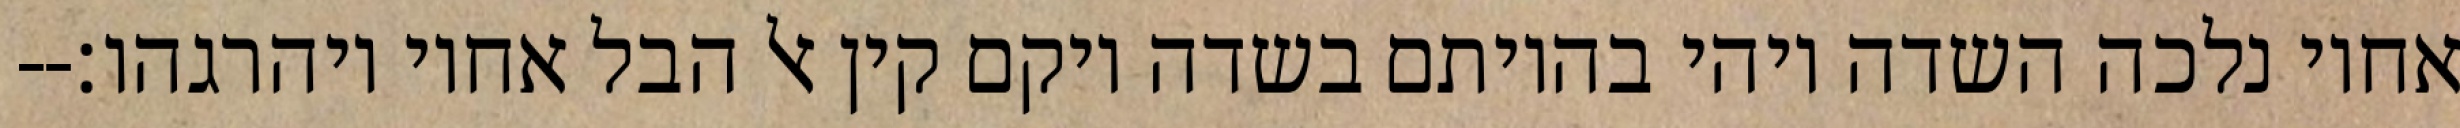
אחיו נלכה השדה ויהי בהיותם בשדה ויקם קין אל הבל אחיו ויהרגהו׃--